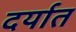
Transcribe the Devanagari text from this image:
दर्यात